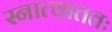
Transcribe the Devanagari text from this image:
स्नात्वाततः